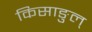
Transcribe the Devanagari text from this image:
किसाङुल्